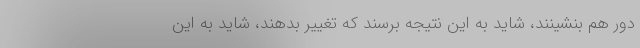
دور هم بنشینند، شاید به این نتیجه برسند که تغییر بدهند، شاید به این